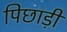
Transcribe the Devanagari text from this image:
पिछाड़ी